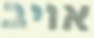
אויב